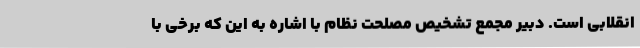
انقلابی است. دبیر مجمع تشخیص مصلحت نظام با اشاره به این که برخی با